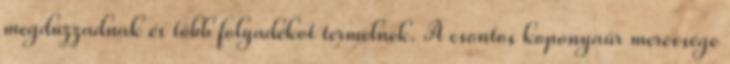
megduzzadnak és több folyadékot termelnek. A csontos koponyaűr merevsége